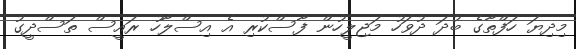
މިދިޔަ ހަފްތާގެ ބުދަ ދުވަހު މަޖިލީހުން ފާސްކުރި އެ އިސްލާހު ރައީސް ތަސްދީގު